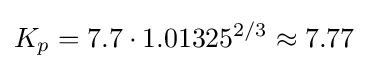
K_{p}=7.7\cdot 1.01325^{2/3}\approx 7.77